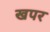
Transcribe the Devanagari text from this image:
खपर